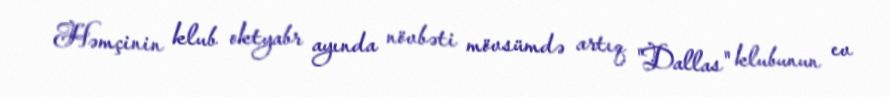
Həmçinin klub oktyabr ayında növbəti mövsümdə artıq "Dallas" klubunun ev